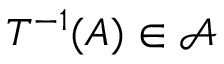
T ^ { - 1 } ( A ) \in { \mathcal { A } }